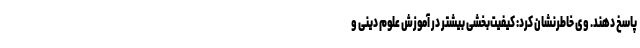
پاسخ دهند. وی خاطرنشان کرد: کیفیت‌بخشی بیشتر در آموزش علوم دینی و